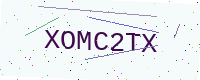
Text: XOMC2TX